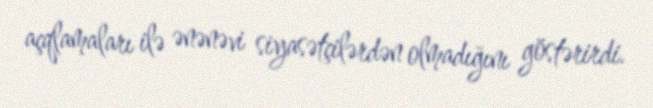
açqlamaları ilə ənənəvi siyasətçilərdən olmadığını göstərirdi.